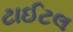
ટાઈટલ